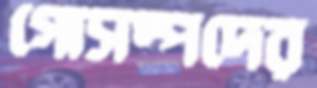
গোসম্পদের